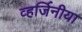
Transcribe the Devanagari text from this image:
व्हर्जिनीया